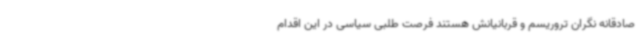
صادقانه نگران تروریسم و قربانیانش هستند فرصت طلبی سیاسی در این اقدام